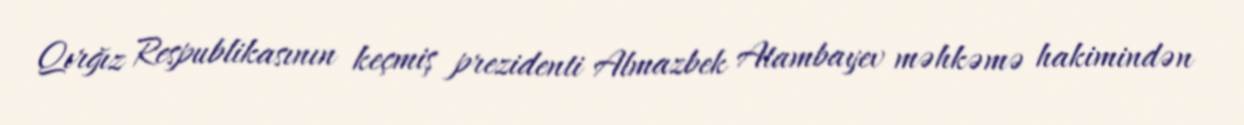
Qırğız Respublikasının keçmiş prezidenti Almazbek Atambayev məhkəmə hakimindən